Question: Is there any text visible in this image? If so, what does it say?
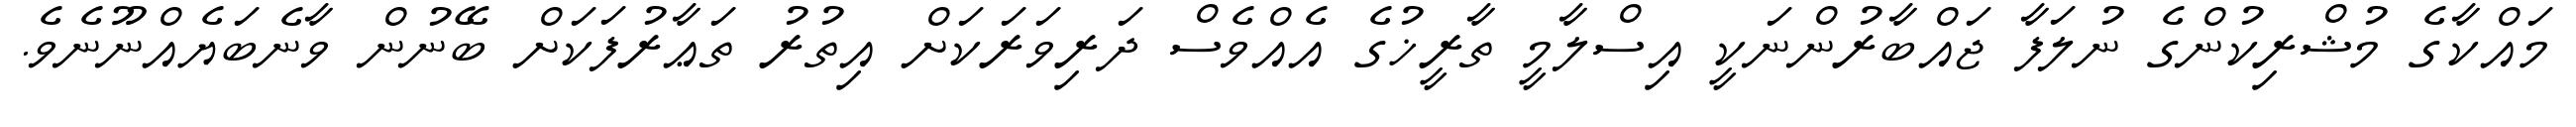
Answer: މައްކާގެ މުޝްރިކުންގެ ނުލަފާ ޖައްބާރުންނަކީ އިސްލާމީ ތާރީޚުގެ އެއްވެސް ދަރިވަރަކަށް އިތުރު ތަޢާރުފަކަށް ބޭނުން ވާނެބަޔެއްނޫނެވެ.